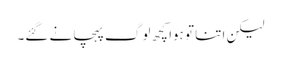
لیکن اتنا تو ہوا کچھ لوگ پہچانے گئے۔